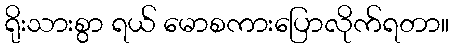
ရိုးသားစွာ ရယ် မောစကားပြောလိုက်ရတာ။